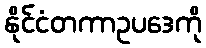
နိုင်ငံတကာဥပဒေကို